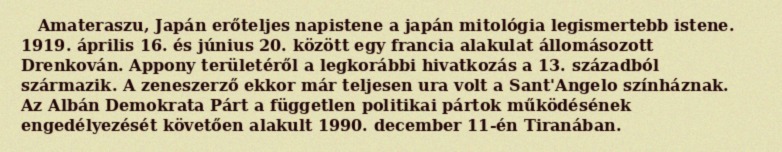
Amateraszu, Japán erőteljes napistene a japán mitológia legismertebb istene. 1919. április 16. és június 20. között egy francia alakulat állomásozott Drenkován. Appony területéről a legkorábbi hivatkozás a 13. századból származik. A zeneszerző ekkor már teljesen ura volt a Sant'Angelo színháznak. Az Albán Demokrata Párt a független politikai pártok működésének engedélyezését követően alakult 1990. december 11-én Tiranában.